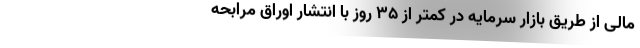
مالی از طریق بازار سرمایه در کمتر از 35 روز با انتشار اوراق مرابحه